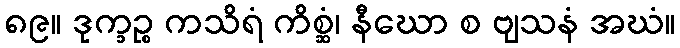
၈၉။ ဒုက္ခဉ္စ ကသိရံ ကိစ္ဆံ၊ နီဃော စ ဗျသနံ အဃံ။